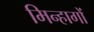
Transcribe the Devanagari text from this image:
मिन्हागों